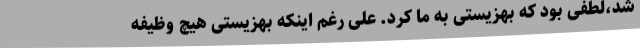
شد،لطفی بود که بهزیستی به ما کرد. علی رغم اینکه بهزیستی هیچ وظیفه